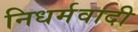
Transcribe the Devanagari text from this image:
निधर्मवादी